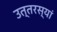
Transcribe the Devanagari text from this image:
उत्तरस्यां